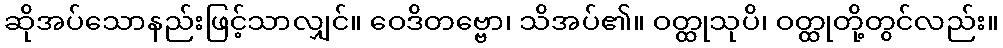
ဆိုအပ်သောနည်းဖြင့်သာလျှင်။ ဝေဒိတဗ္ဗော၊ သိအပ်၏။ ဝတ္ထုသုပိ၊ ဝတ္ထုတို့တွင်လည်း။